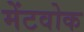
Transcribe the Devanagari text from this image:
मेंटवोक